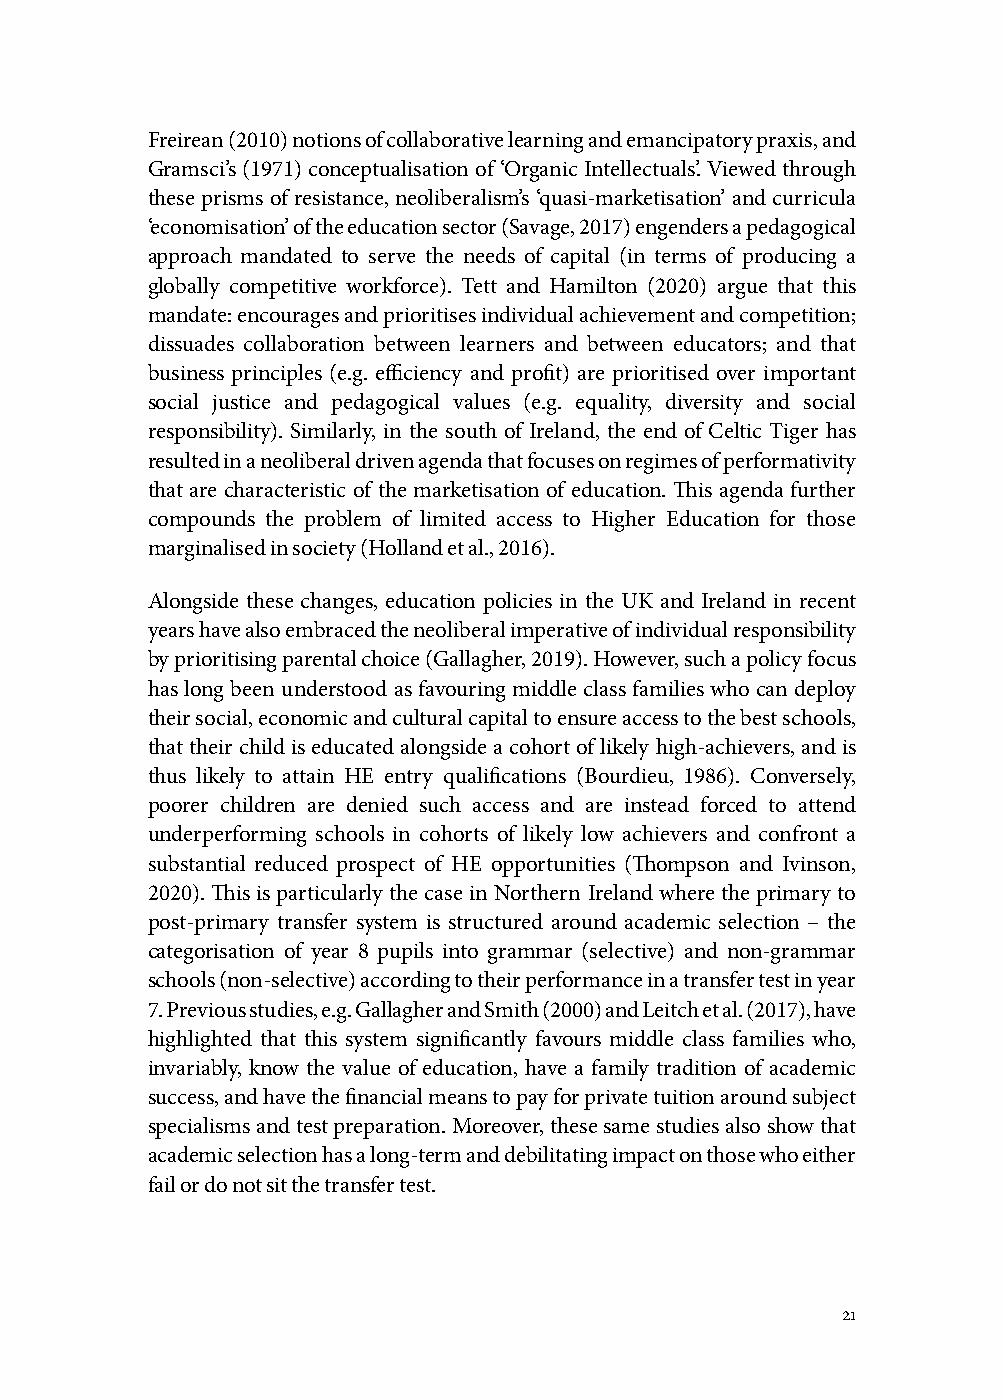
Freirean (2010) notions of collaborative learning and emancipatory praxis, and
 Gramsci’s (1971) conceptualisation of ‘Organic Intellectuals’. Viewed through
 these prisms of resistance, neoliberalism’s ‘quasi-marketisation’ and curricula
 ‘economisation’ of the education sector (Savage, 2017) engenders a pedagogical
 approach mandated to serve the needs of capital (in terms of producing a
 globally competitive workforce). Tett and Hamilton (2020) argue that this
 mandate: encourages and prioritises individual achievement and competition;
 dissuades collaboration between learners and between educators; and that
 business principles (e.g. efficiency and profit) are prioritised over important
 social justice and pedagogical values (e.g. equality, diversity and social
 responsibility). Similarly, in the south of Ireland, the end of Celtic Tiger has
 resulted in a neoliberal driven agenda that focuses on regimes of performativity
 that are characteristic of the marketisation of education. This agenda further
 compounds the problem of limited access to Higher Education for those
 marginalised in society (Holland et al., 2016).
 Alongside these changes, education policies in the UK and Ireland in recent
 years have also embraced the neoliberal imperative of individual responsibility
 by prioritising parental choice (Gallagher, 2019). However, such a policy focus
 has long been understood as favouring middle class families who can deploy
 their social, economic and cultural capital to ensure access to the best schools,
 that their child is educated alongside a cohort of likely high-achievers, and is
 thus likely to attain HE entry qualifications (Bourdieu, 1986). Conversely,
 poorer children are denied such access and are instead forced to attend
 underperforming schools in cohorts of likely low achievers and confront a
 substantial reduced prospect of HE opportunities (Thompson and Ivinson,
 2020). This is particularly the case in Northern Ireland where the primary to
 post-primary transfer system is structured around academic selection – the
 categorisation of year 8 pupils into grammar (selective) and non-grammar
 schools (non-selective) according to their performance in a transfer test in year
 7. Previous studies, e.g. Gallagher and Smith (2000) and Leitch et al. (2017), have
 highlighted that this system significantly favours middle class families who,
 invariably, know the value of education, have a family tradition of academic
 success, and have the financial means to pay for private tuition around subject
 specialisms and test preparation. Moreover, these same studies also show that
 academic selection has a long-term and debilitating impact on those who either
 fail or do not sit the transfer test.
 21